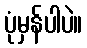
ပုံမှန်ပါပဲ။